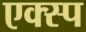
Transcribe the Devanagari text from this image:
एक्स्प